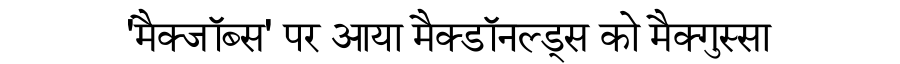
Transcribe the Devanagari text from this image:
'मैक्जॉब्स' पर आया मैक्डॉनल्ड्स को मैक्गुस्सा